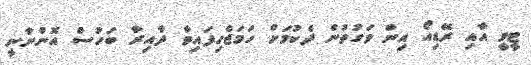
ޓީވީ އާއި ރޭޑިއޯ އިން ވަގުތުން ދެކުމަށް ހަމަޖެހިފައިވާ ދާއިރާ ބަހުސް އޮންނާނީ